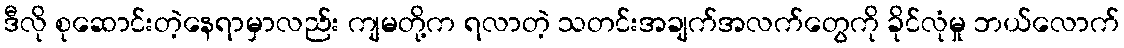
ဒီလို စုဆောင်းတဲ့နေရာမှာလည်း ကျမတို့က ရလာတဲ့ သတင်းအချက်အလက်တွေကို ခိုင်လုံမှု ဘယ်လောက်